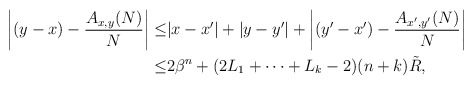
\begin{align*} \left|(y-x)-\frac{A_{x,y}(N)}N\right|\leq & |x-x'|+|y-y'|+\left|(y'-x')-\frac{A_{x',y'}(N)}N\right|\\\leq & 2\beta^n+(2L_1+\dots+L_k-2)(n+k)\tilde R,\end{align*}